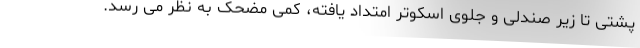
پشتی تا زیر صندلی و جلوی اسکوتر امتداد یافته، کمی مضحک به نظر می رسد.